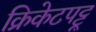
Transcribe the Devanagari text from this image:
क्रिकेटपट्टू